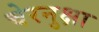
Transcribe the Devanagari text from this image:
चेरनुक्षा